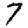
Digit: 7